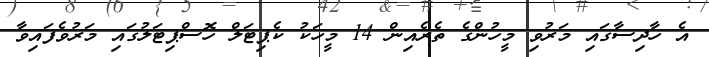
އެ ހާދިސާގައި މަރުވި މީހުންގެ ތެރެއިން 14 މީހަކު ކެޕިޓަލް ހޮސްޕިޓަލުގައި މަރުވެފައިވާ